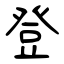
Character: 登